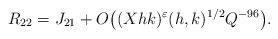
LaTeX: \begin{align*}R_{22} = J_{21}+ O\big( (Xhk)^{\varepsilon}(h,k)^{1/2} Q^{-96}\big).\end{align*}